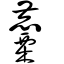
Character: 麜